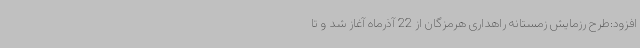
افزود:طرح رزمایش زمستانه راهداری هرمزگان از 22 آذرماه آغاز شد و تا